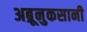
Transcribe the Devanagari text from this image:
अब्रूनुकसानी